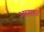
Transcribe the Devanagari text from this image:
आग़ाज